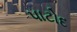
પાટોદ